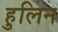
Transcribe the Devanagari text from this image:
हुलिन